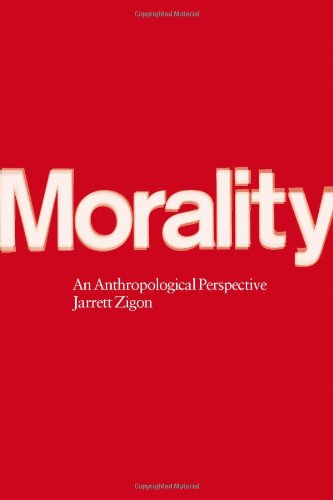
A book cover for Morality: An Anthropological Perspective; Jarrett Zigon; Politics & Social Sciences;